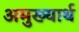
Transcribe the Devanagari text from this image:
अमुख्यार्थ